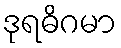
ဒုရဓိဂမာ